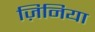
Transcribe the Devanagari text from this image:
ज़िनिया